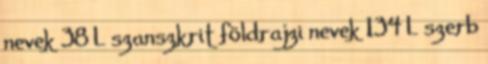
nevek‎ 38 L szanszkrit földrajzi nevek‎ 134 L szerb